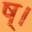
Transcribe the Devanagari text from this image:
ष्।